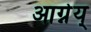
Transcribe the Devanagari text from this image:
आग्नेय्